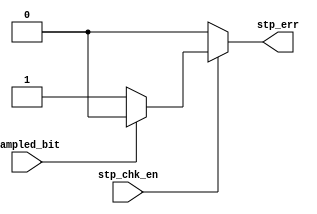

module Stop_Check (
	input		wire		stp_chk_en,
	input		wire		sampled_bit,
	output		reg			stp_err
	);


always @(*) begin
	if(stp_chk_en) begin
		if(sampled_bit == 'b1) begin   // stop bit = '1'
			stp_err		=	'b0;
		end
		else begin 		//error in stop bit
			stp_err		=	'b1;
		end
	end
	else begin
		stp_err		=	'b0;
	end

end

endmodule